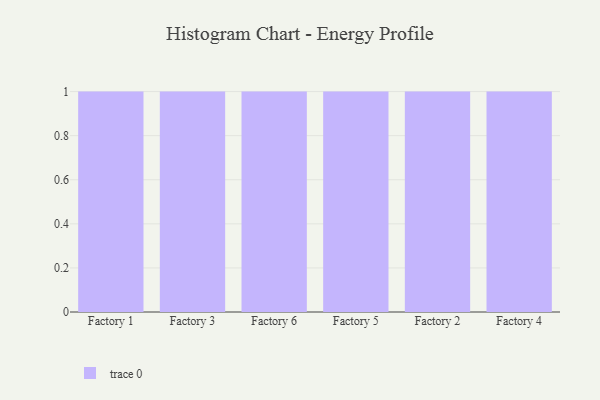
{"axis": {"x": "Factory", "y": "Conversion Rate (%)"}, "legend": [""], "data": [{"x": "Factory 1", "y": 40, "type": ""}, {"x": "Factory 3", "y": 58, "type": ""}, {"x": "Factory 6", "y": 68, "type": ""}, {"x": "Factory 5", "y": 70, "type": ""}, {"x": "Factory 2", "y": 35, "type": ""}, {"x": "Factory 4", "y": 66, "type": ""}]}